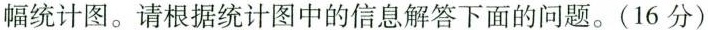
幅统计图。请根据统计图中的信息解答下面的问题。(16分)